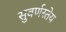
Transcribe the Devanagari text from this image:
सुवर्णस्तेय